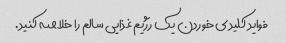
فواید کلیدی خوردن یک رژیم غذایی سالم را خلاصه کنید.